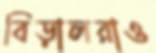
বিড়ালরাও